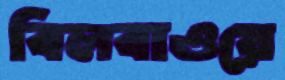
বিলবাওয়ে